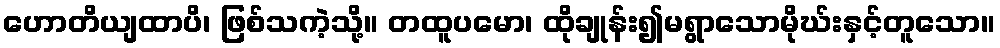
ဟောတိယျထာပိ၊ ဖြစ်သကဲ့သို့။ တထူပမော၊ ထိုချုန်း၍မရွာသောမိုဃ်းနှင့်တူသော။